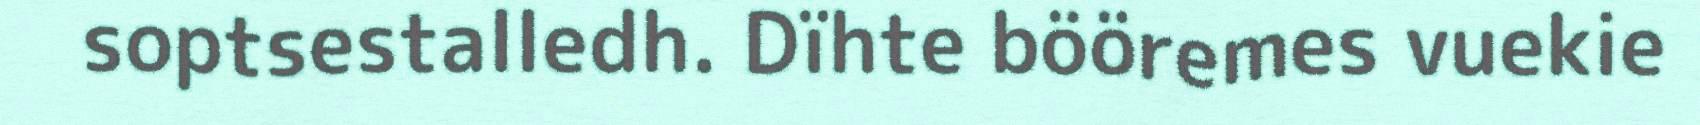
soptsestalledh. Dïhte bööremes vuekie